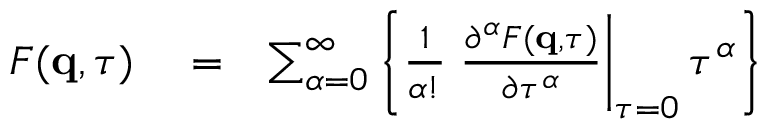
\begin{array} { r l r } { F ( \mathbf { q } , \tau ) } & { { } = } & { \sum _ { \alpha = 0 } ^ { \infty } \left\{ \frac { 1 } { \alpha ! } \left. \frac { \partial ^ { \alpha } F ( \mathbf { q } , \tau ) } { \partial \tau ^ { \alpha } } \right| _ { \tau = 0 } \tau ^ { \alpha } \right\} } \end{array}